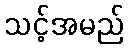
သင့်အမည်